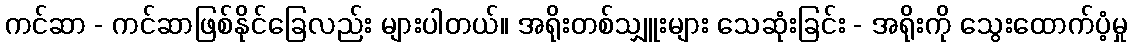
ကင်ဆာ - ကင်ဆာဖြစ်နိုင်ခြေလည်း များပါတယ်။ အရိုးတစ်သျှူးများ သေဆုံးခြင်း - အရိုးကို သွေးထောက်ပံ့မှု